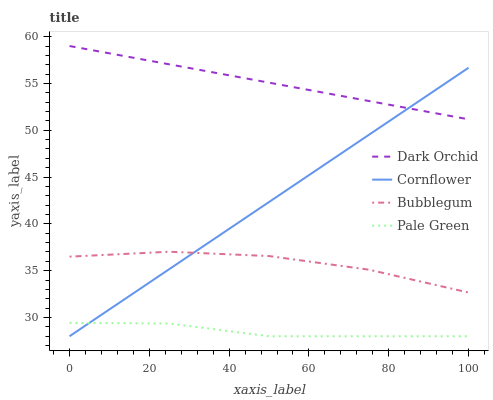
| xaxis_label | Dark Orchid | Cornflower | Bubblegum | Pale Green |
 | --- | --- | --- | --- | --- |
 | 0 | 59 | 28 | 36.5 | 29.4 |
 | 25 | 57 | 35.2 | 37 | 29.4 |
 | 50 | 55.1 | 42.3 | 36.6 | 28 |
 | 75 | 53.1 | 49.5 | 35.1 | 28 |
 | 100 | 51.2 | 56.7 | 32.7 | 28 |